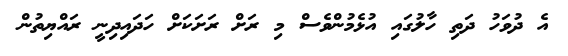
އެ ދުވަހު ދަތި ހާލުގައި އުޅެމުންވެސް މި ރަށް ރަށަކަށް ހަދައިދިނީ ރައްޔިތުން